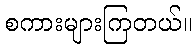
စကားများကြတယ်။